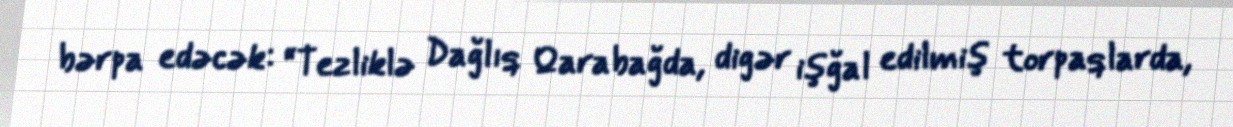
bərpa edəcək: “Tezliklə Dağlıq Qarabağda, digər işğal edilmiş torpaqlarda,